Problem: 37 + 46 = ?
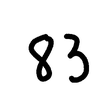
Handwritten answer: 83